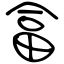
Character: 畣